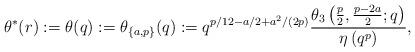
LaTeX: \begin{align*}\theta^{*}(r):=\theta(q):=\theta_{\{a,p\}}(q):=q^{p/12-a/2+a^2/(2p)}\frac{\theta_3\left(\frac{p}{2},\frac{p-2a}{2};q\right)}{\eta\left(q^p\right)},\end{align*}